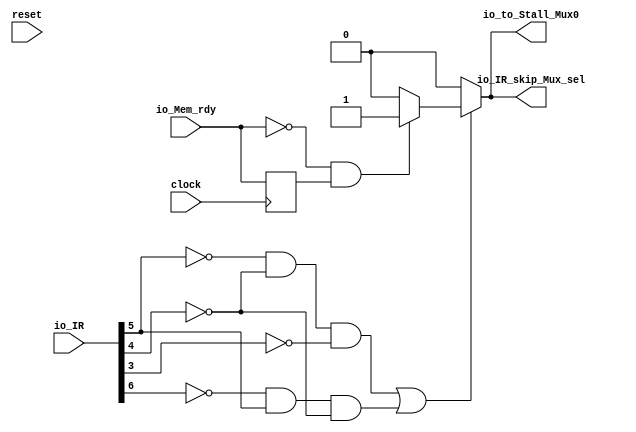
`ifdef RANDOMIZE_GARBAGE_ASSIGN
`define RANDOMIZE
`endif
`ifdef RANDOMIZE_INVALID_ASSIGN
`define RANDOMIZE
`endif
`ifdef RANDOMIZE_REG_INIT
`define RANDOMIZE
`endif
`ifdef RANDOMIZE_MEM_INIT
`define RANDOMIZE
`endif

module Bubble_Stall(
  input         clock,
  input         reset,
  input  [31:0] io_IR,
  input         io_Mem_rdy,
  output        io_IR_skip_Mux_sel,
  output        io_to_Stall_Mux0
);
  wire  _T_10;
  wire  _T_12;
  wire  _T_13;
  wire  _T_15;
  wire  _T_16;
  wire  _T_17;
  wire  _T_19;
  wire  Mem_rd;
  wire  _T_20;
  wire  _T_22;
  wire  _T_24;
  wire  Mem_wr_valid;
  reg  Mem_rdy_old;
  reg [31:0] _GEN_0;
  wire  _T_33;
  wire  _T_35;
  wire  _T_38;
  wire  _T_42;
  wire  _GEN_1;
  wire  _T_46;
  wire  _GEN_3;
  assign io_IR_skip_Mux_sel = _GEN_3;
  assign io_to_Stall_Mux0 = _GEN_3;
  assign _T_10 = io_IR[5];
  assign _T_12 = _T_10 == 1'h0;
  assign _T_13 = io_IR[4];
  assign _T_15 = _T_13 == 1'h0;
  assign _T_16 = _T_12 & _T_15;
  assign _T_17 = io_IR[3];
  assign _T_19 = _T_17 == 1'h0;
  assign Mem_rd = _T_16 & _T_19;
  assign _T_20 = io_IR[6];
  assign _T_22 = _T_20 == 1'h0;
  assign _T_24 = _T_22 & _T_10;
  assign Mem_wr_valid = _T_24 & _T_15;
  assign _T_33 = Mem_rd | Mem_wr_valid;
  assign _T_35 = io_Mem_rdy == 1'h0;
  assign _T_38 = _T_35 & Mem_rdy_old;
  assign _T_42 = _T_38 == 1'h0;
  assign _GEN_1 = _T_42 ? 1'h0 : 1'h1;
  assign _T_46 = _T_33 == 1'h0;
  assign _GEN_3 = _T_46 ? 1'h0 : _GEN_1;
`ifdef RANDOMIZE
  integer initvar;
  initial begin
    `ifndef verilator
      #0.002 begin end
    `endif
  `ifdef RANDOMIZE_REG_INIT
  _GEN_0 = {1{$random}};
  Mem_rdy_old = _GEN_0[0:0];
  `endif
  end
`endif
  always @(posedge clock) begin
    Mem_rdy_old <= io_Mem_rdy;
  end
endmodule